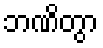
ဘဏိတွာ